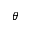
\theta